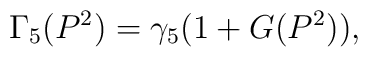
\Gamma_5(P^2) =\gamma_5 \bigl( 1+G(P^2)\bigr),